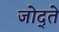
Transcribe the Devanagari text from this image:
जोद्ते